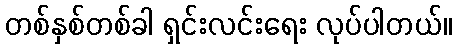
တစ်နှစ်တစ်ခါ ရှင်းလင်းရေး လုပ်ပါတယ်။